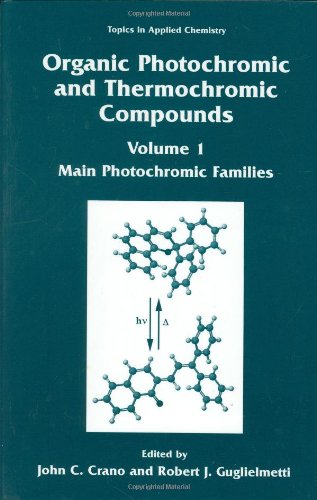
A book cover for Organic Photochromic and Thermochromic Compounds: Main Photochromic Families (Topics in Applied Chemistry); Science & Math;